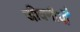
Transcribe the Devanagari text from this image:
जीवनीयोँ